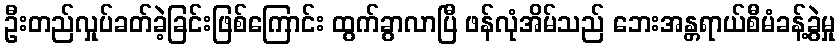
ဦးတည်လှုပ်ခတ်ခဲ့ခြင်းဖြစ်ကြောင်း ထွက်ခွာလာပြီ ဖန်လုံအိမ်သည် ဘေးအန္တရာယ်စီမံခန့်ခွဲမှု